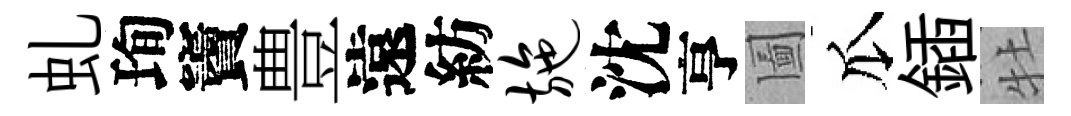
虬珣竇豊遠紡施沈亨圗瓜鍤牡